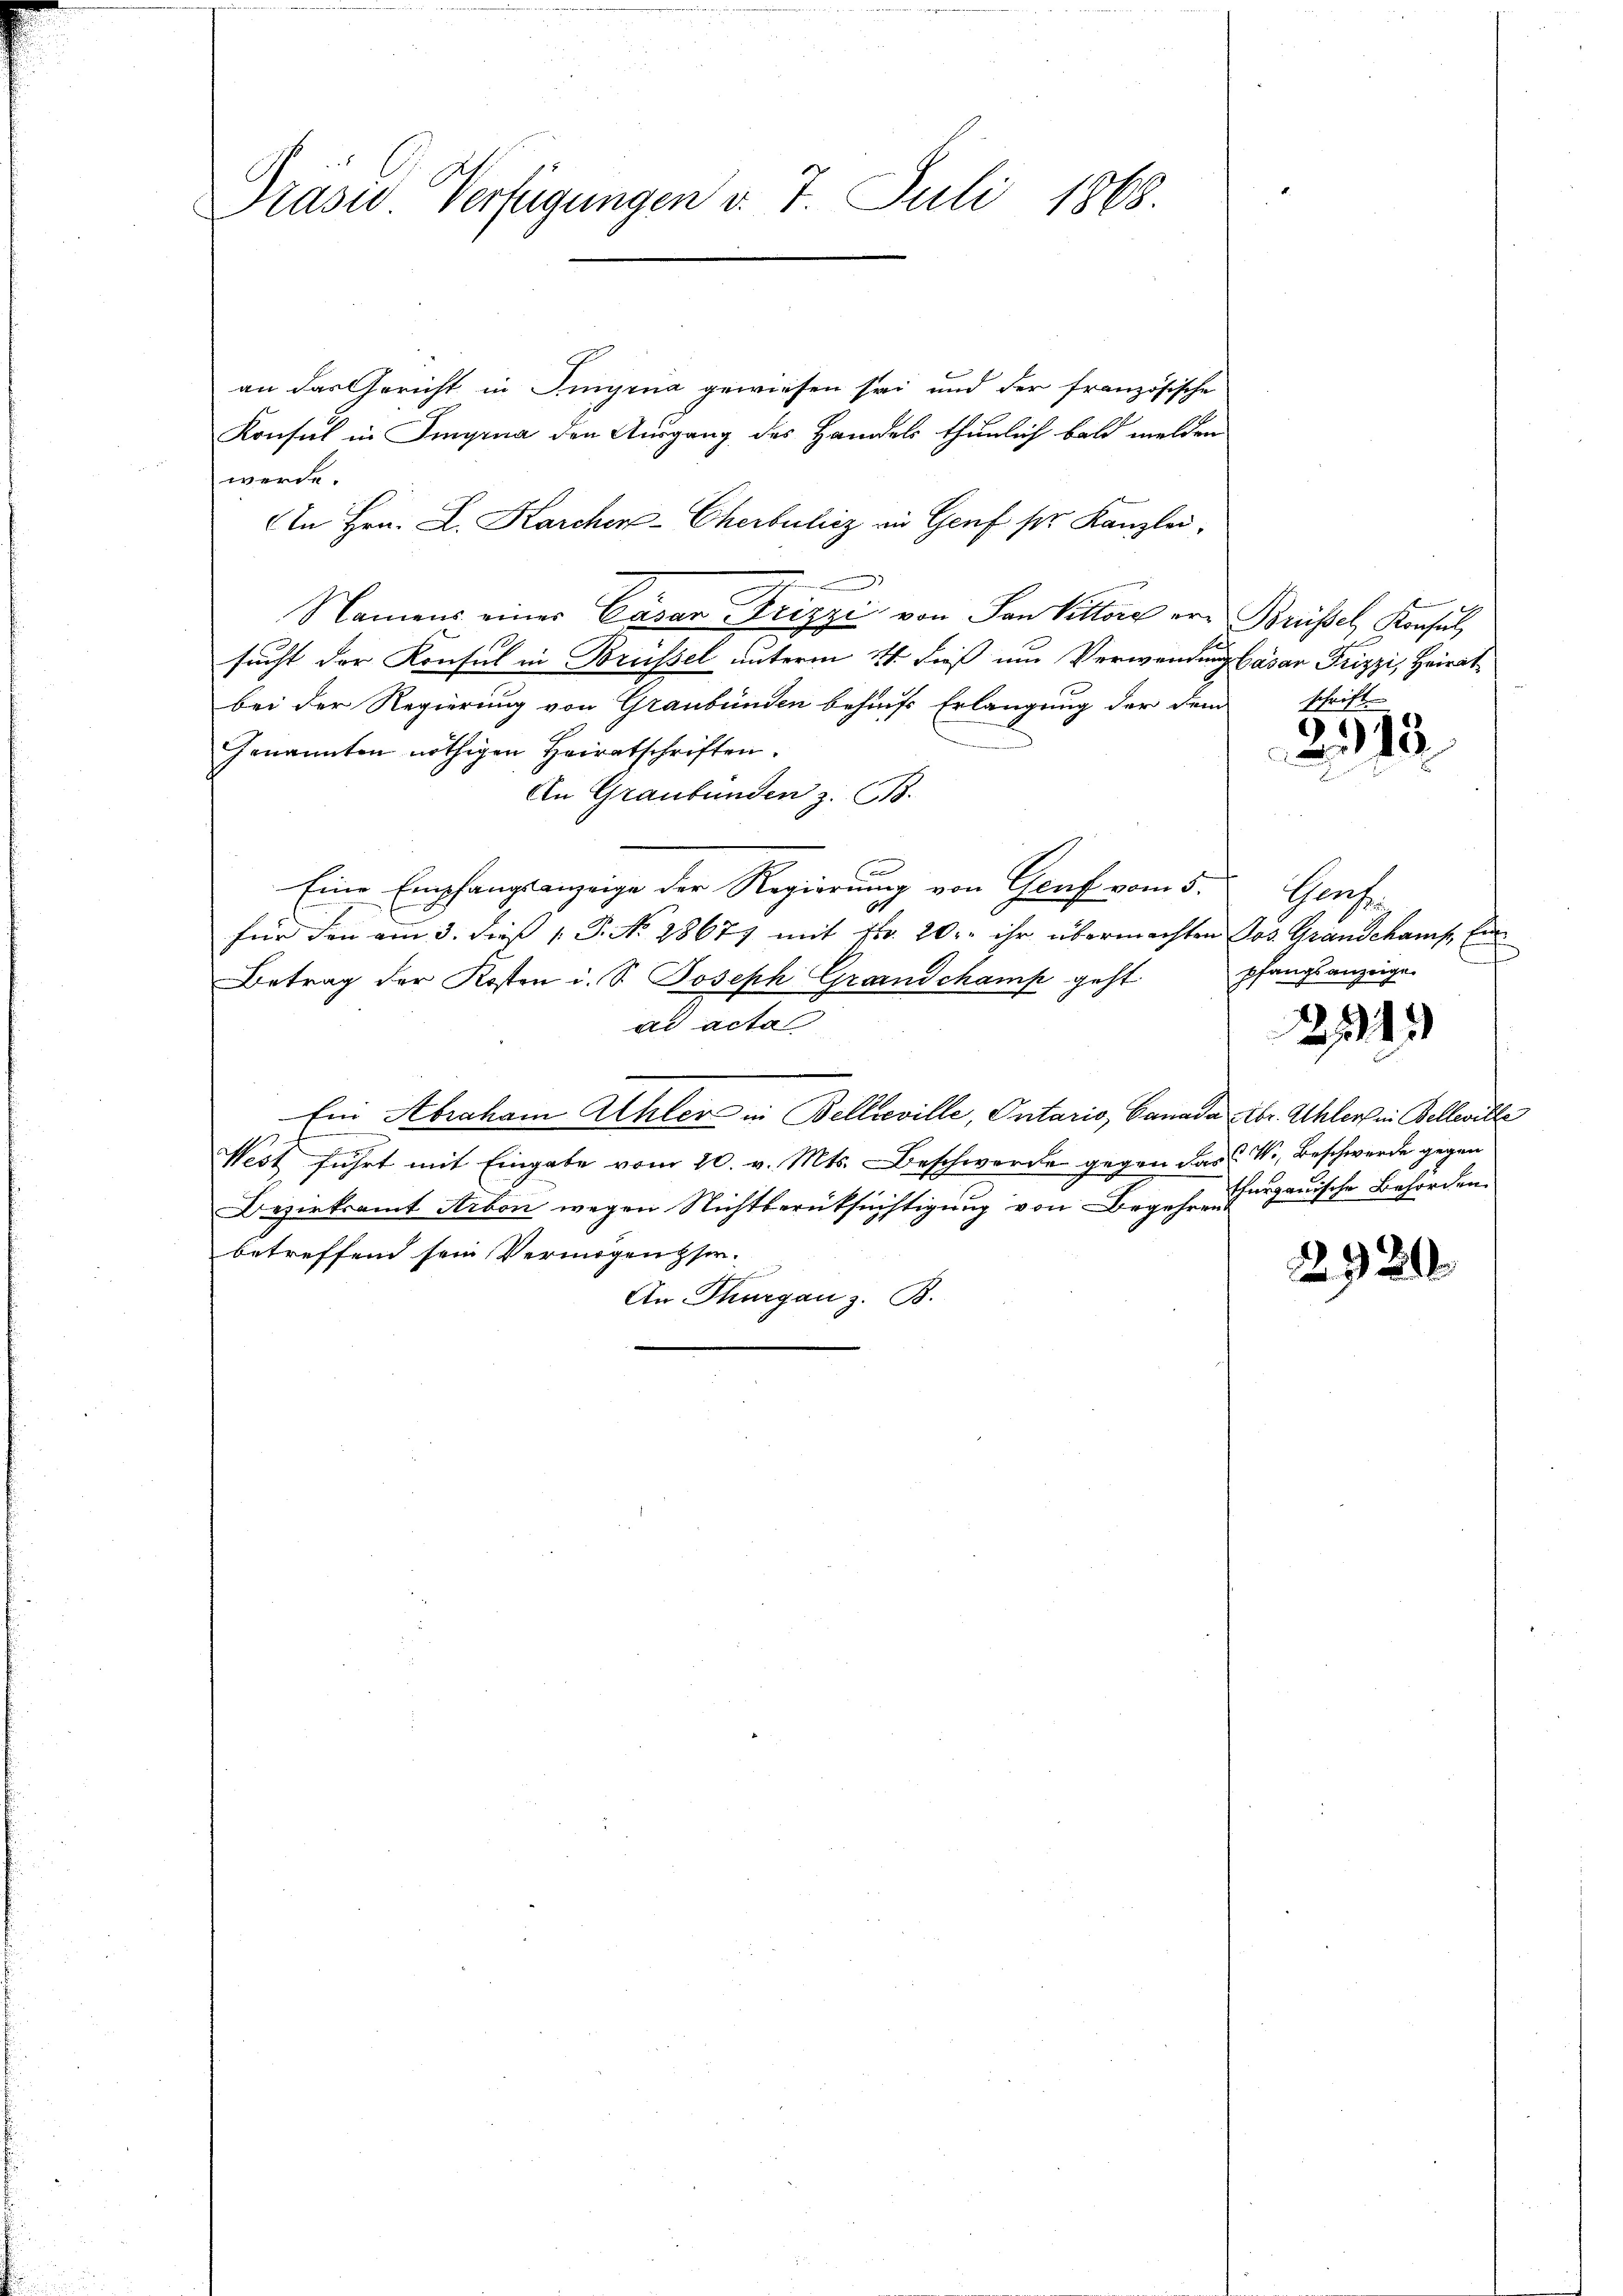
Präses Verfügungen v. 7. Juli 1868.

an das Gericht in Dingina gewiesen sei und der französische
Konsul in Singina den Ausgang des Handels thunlich bald melden
werde.
An Hrn. L. Karcher-Cherbuhicz an Genf ser Kanzlei.
Namens einer Cavar Frizzi, von den Kittore von Brüssel, Konsul
sucht der Konsul in Brüssel unterm 21. dieß um Verwendung Gasar Frizzi, Heirat
bei der Regierung von Graubünden behufs Erlangung der dem
Genannten nöthigen Heiratschriften.
An Graubünden z. 618.
Eine Empfangsanzeige der Regierung von Genf vom 5.
für den am 3. dies P. No. 28677 mit Fr. 20. ihr übermachten Jos. Grandchamp, Ein
Betrag der Kosten i. S. Joseph Grandchamp geht
ad acta
Ein Abraham Ahler in Bellreville, Ontario, Canada Xbr. Ahler in Belleville
West führt mit Eingabe vom 20. v. Mts. Beschwerde gegen das V., Beschwerde gegen
Bezirksamt Arbon wegen Nichtberüksichtigung von Begehren Furgauische Behörden.
betreffend sein Vermögensser.
An Thurgau z. B.

schrift.

2315

Hoch
pfangsanzeige.

211

2920